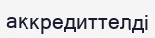
аккредиттелді